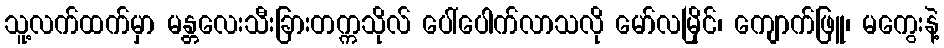
သူ့လက်ထက်မှာ မန္တလေးသီးခြားတက္ကသိုလ် ပေါ်ပေါက်လာသလို မော်လမြိုင်၊ ကျောက်ဖြူ၊ မကွေးနဲ့